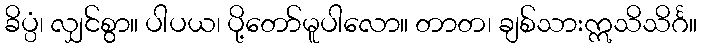
ခိပ္ပံ၊ လျှင်စွာ။ ပါပယ၊ ပို့တော်မူပါလော။ တာတ၊ ချစ်သားဣသိသိင်္ဂ။